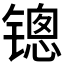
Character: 𰾱